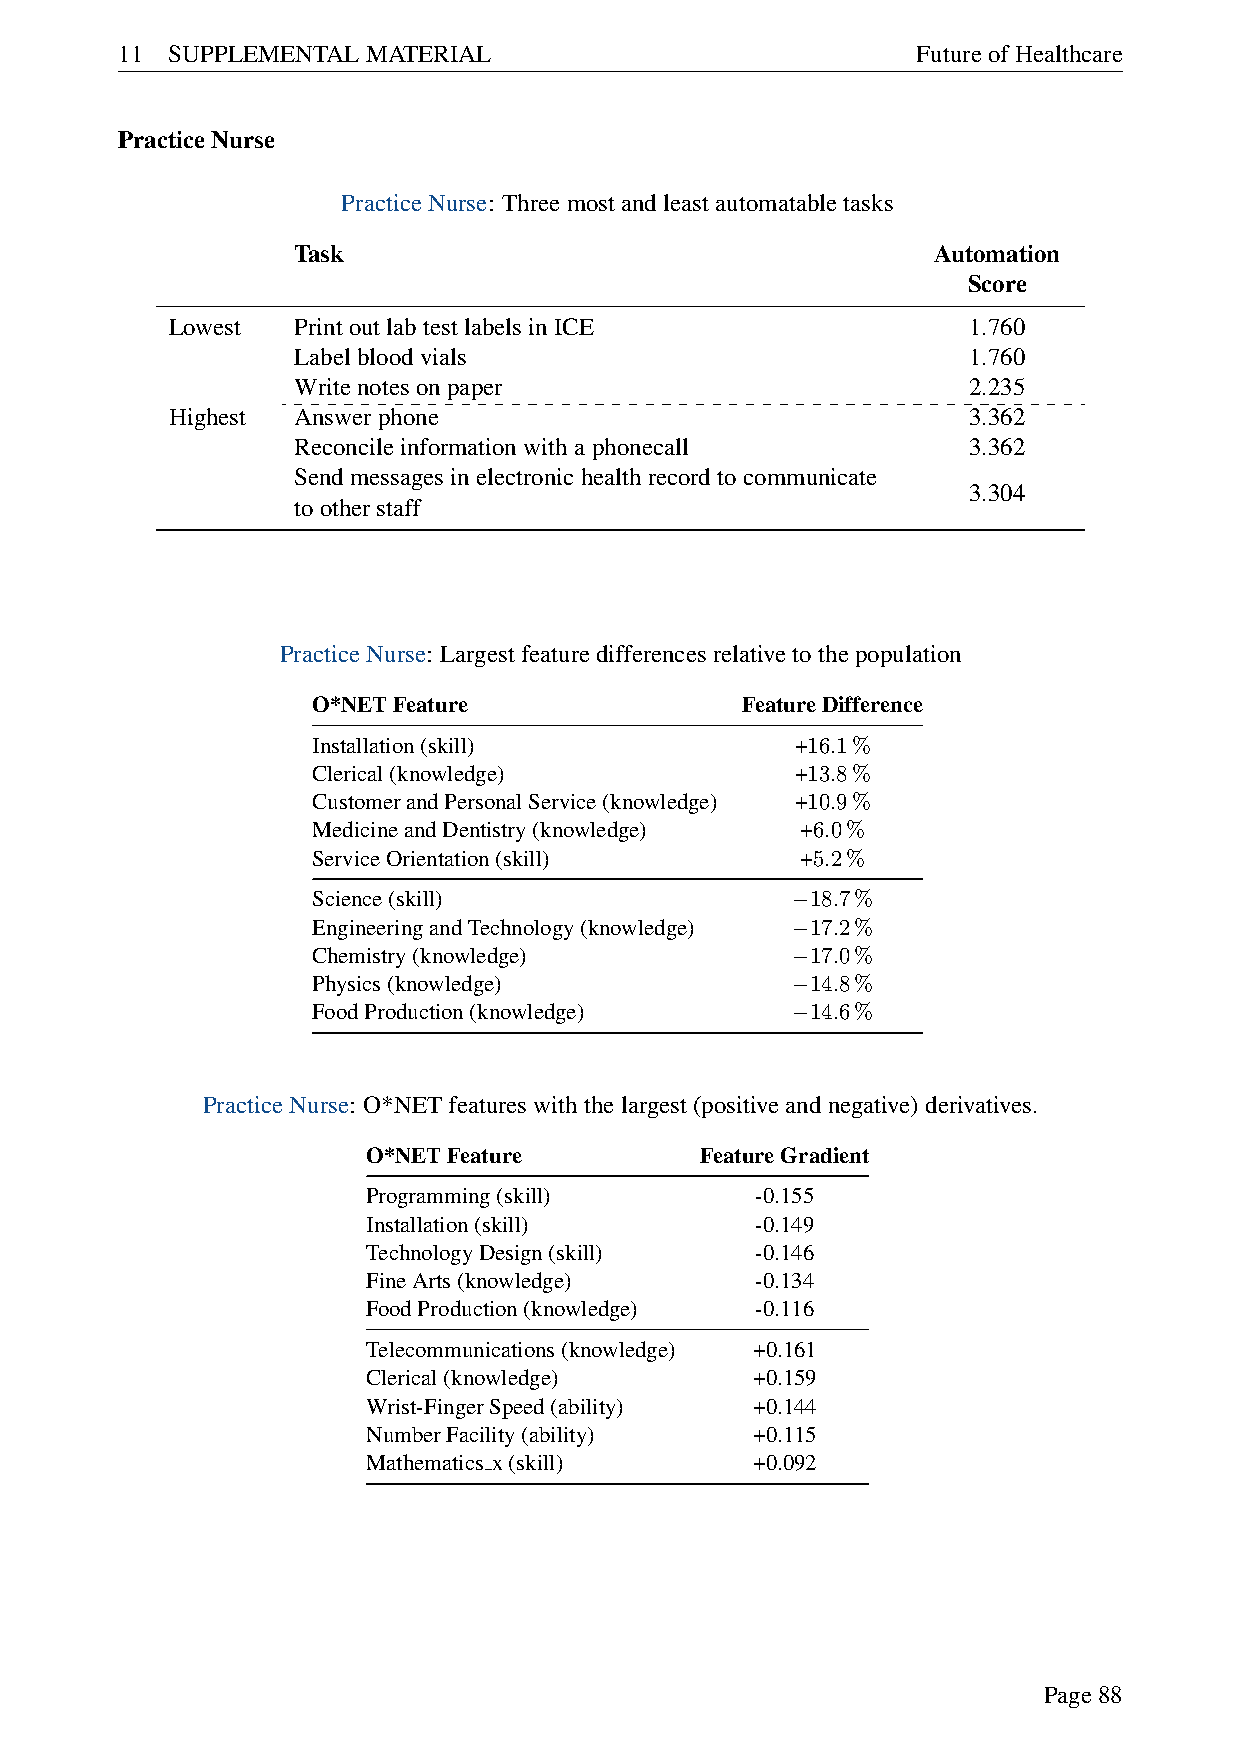
11 SUPPLEMENTALMATERIAL                              FutureofHealthcare
 PracticeNurse
 PracticeNurse: Threemostandleastautomatabletasks
 Task                                       Automation
 Score
 Lowest  PrintoutlabtestlabelsinICE                   1.760
 Labelbloodvials                              1.760
 Writenotesonpaper                            2.235
 Highest Answerphone                                  3.362
 Reconcileinformationwithaphonecall           3.362
 Sendmessagesinelectronichealthrecordtocommunicate
 3.304
 tootherstaff
 PracticeNurse: Largestfeaturedifferencesrelativetothepopulation
 O*NETFeature                FeatureDifference
 Installation(skill)             +16.1%
 Clerical(knowledge)             +13.8%
 CustomerandPersonalService(knowledge) +10.9%
 MedicineandDentistry(knowledge) +6.0%
 ServiceOrientation(skill)       +5.2%
 Science(skill)                   18.7%
 −
 EngineeringandTechnology(knowledge) 17.2%
 −
 Chemistry(knowledge)             17.0%
 −
 Physics(knowledge)               14.8%
 −
 FoodProduction(knowledge)        14.6%
 −
 PracticeNurse: O*NETfeatureswiththelargest(positiveandnegative)derivatives.
 O*NETFeature          FeatureGradient
 Programming(skill)        -0.155
 Installation(skill)       -0.149
 TechnologyDesign(skill)   -0.146
 FineArts(knowledge)       -0.134
 FoodProduction(knowledge) -0.116
 Telecommunications(knowledge) +0.161
 Clerical(knowledge)       +0.159
 Wrist-FingerSpeed(ability) +0.144
 NumberFacility(ability)   +0.115
 Mathematics x(skill)      +0.092
 Page88